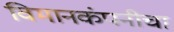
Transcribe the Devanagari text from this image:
विमानकंपनीचा